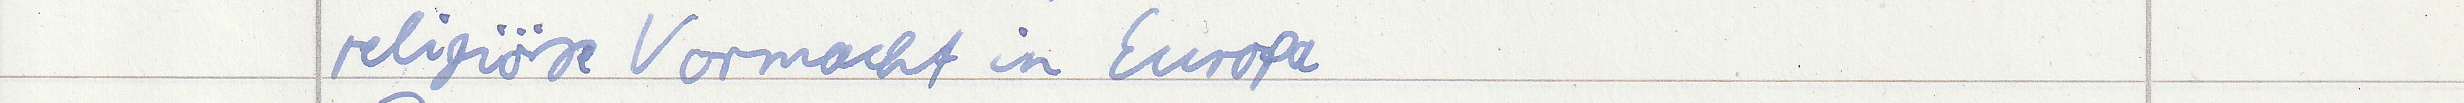
religiöse Vormacht in Europa